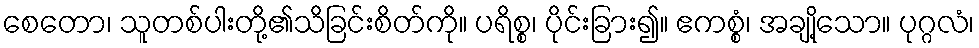
စေတော၊ သူတစ်ပါးတို့၏သိခြင်းစိတ်ကို။ ပရိစ္စ၊ ပိုင်းခြား၍။ ဧကစ္စံ၊ အချို့သော။ ပုဂ္ဂလံ၊